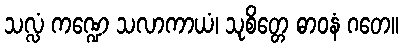
သလ္လံ ကဏ္ဍေ သလာကာယံ၊ သုစိတ္တေ ဓာဝနံ ဂတေ။